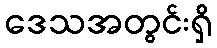
ဒေသအတွင်းရှိ